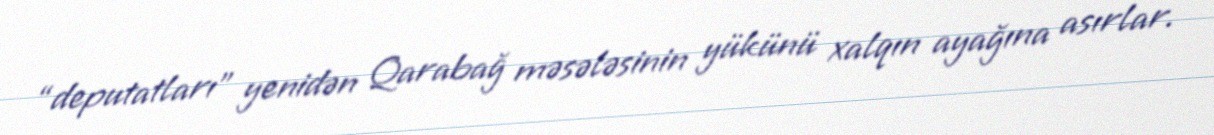
“deputatları” yenidən Qarabağ məsələsinin yükünü xalqın ayağına asırlar.